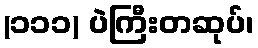
(၁၁၁) ပဲကြီးတဆုပ်၊